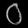
Digit: ၀